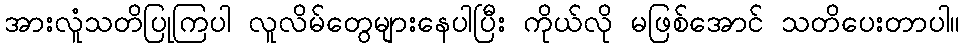
အားလူံသတိပြုကြပါ လူလိမ်တွေများနေပါပြီး ကိုယ်လို မဖြစ်အောင် သတိပေးတာပါ။